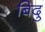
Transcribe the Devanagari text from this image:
बिदु